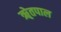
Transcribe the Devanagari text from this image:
ॠेतपाल